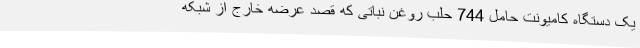
یک دستگاه کامیونت حامل 744 حلب روغن نباتی که قصد عرضه خارج از شبکه